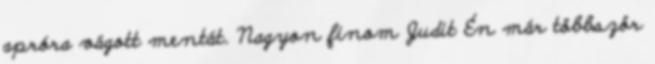
apróra vágott mentát. Nagyon finom Judit Én már többször